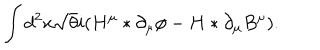
LaTeX: \int d ^ { 2 } x \sqrt { \theta } i ( H ^ { \mu } \ast \partial _ { \mu } \phi - H \ast \partial _ { \mu } B ^ { \mu } ) .